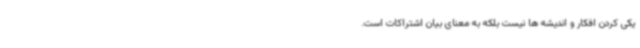
یکی کردن افکار و اندیشه ها نیست بلکه به معنای بیان اشتراکات است.